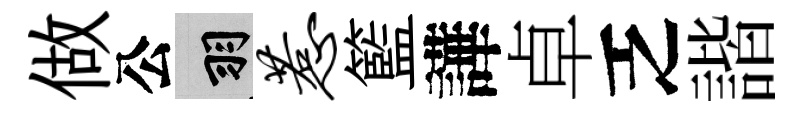
做公羽惹籃譁卓乏諧